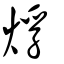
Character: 烰